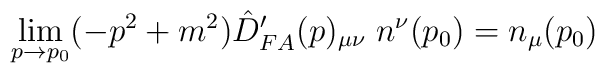
\lim_{p \rightarrow p_0} (-p^2 + m^2) \hat{D}'_{FA}(p)_{\mu\nu}\; n^\nu(p_0) = n_\mu(p_0)